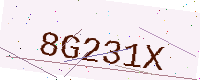
Text: 8G231X